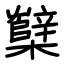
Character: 櫱